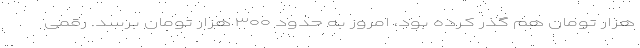
هزار تومان هم گذر کرده بود، امروز به حدود ۳۰۰ هزار تومان برسد. رقمی